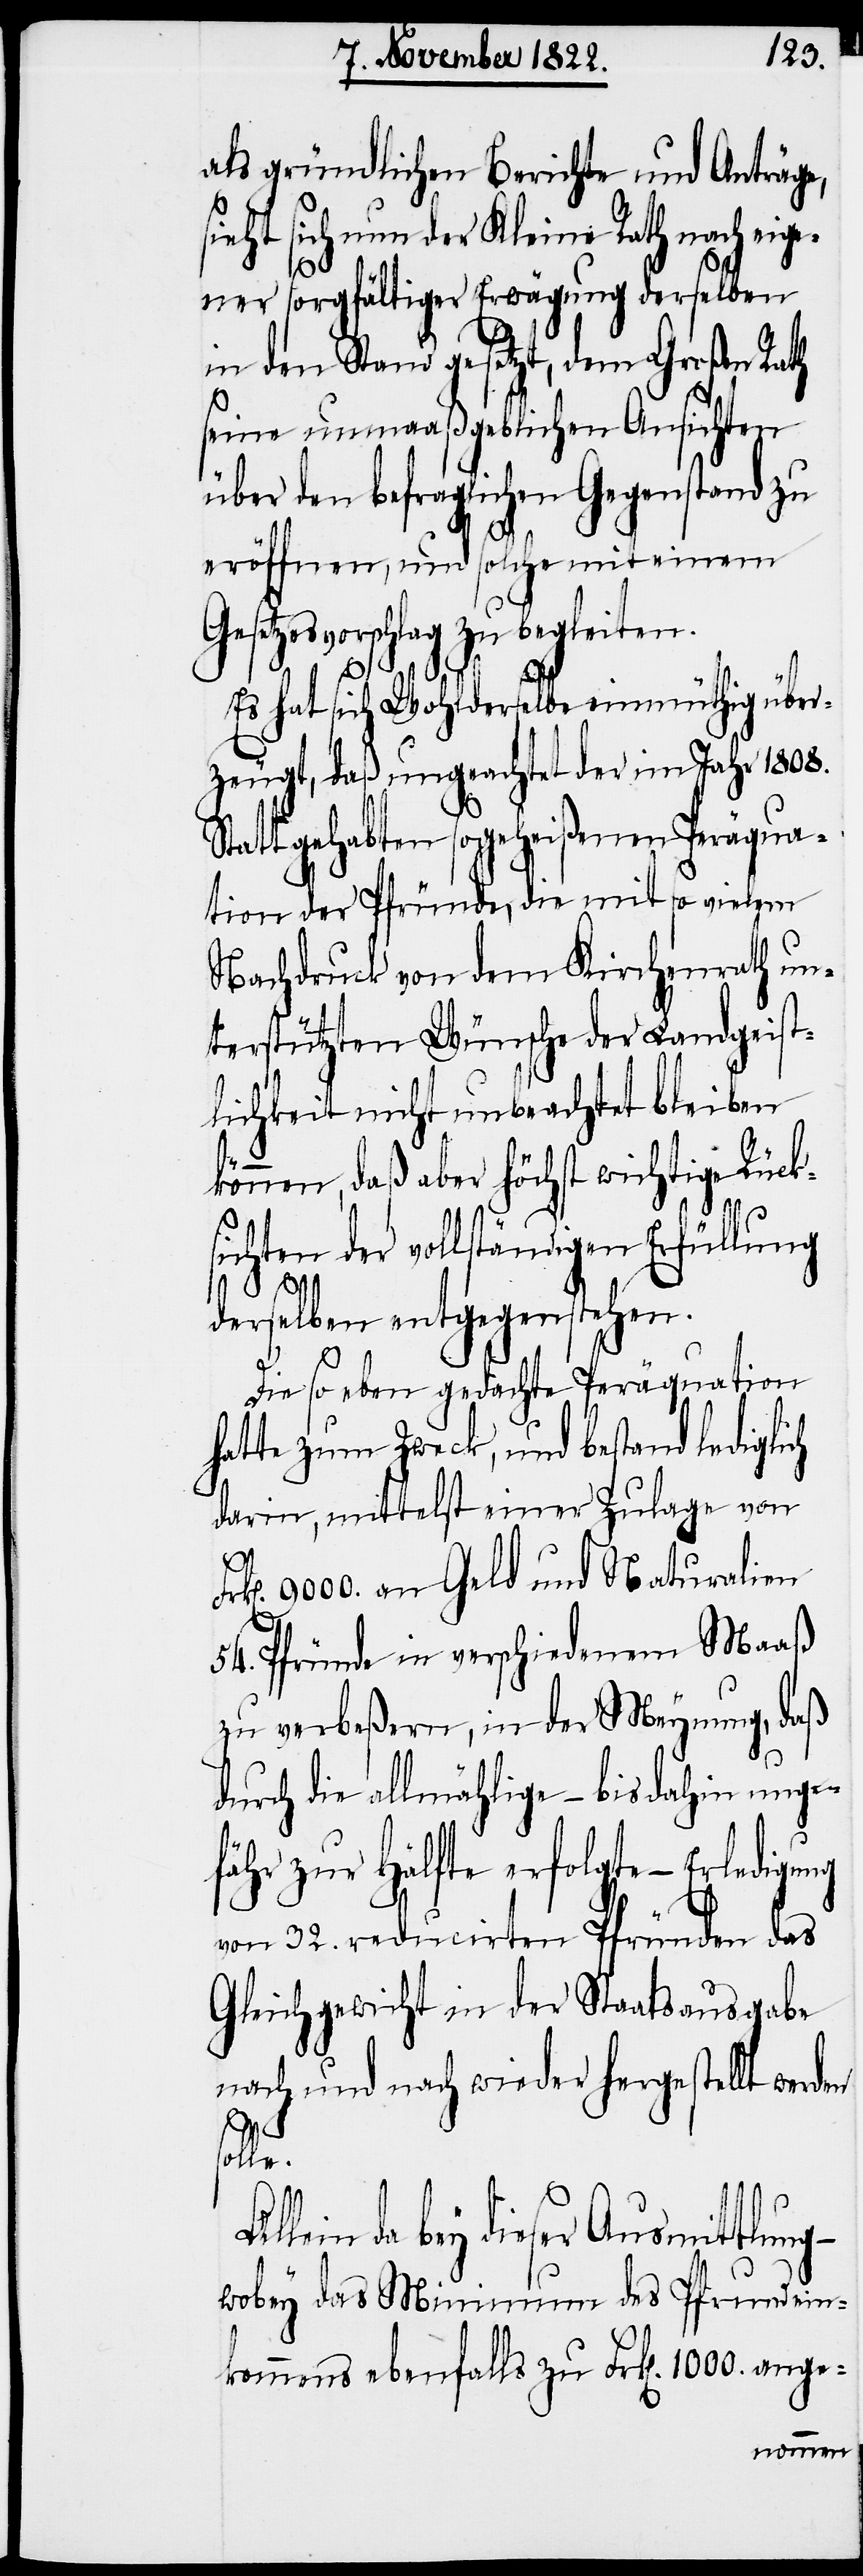
als gründlichen Berichte und Anträge,
sieht sich nun der Kleine Rath nach eige¬
ge-
ner sorgfältiger Erwägung derselben
in den Stand gesetzt, dem Großen Rath
seine unmaaßgeblichen Ansichten
über den befraglichen Gegenstand zu
eröffnen, und solche mit einem
Gesetzesvorschlag zu begleiten.
Es hat sich Wohlderselbe einmüthig über¬
zeugt, daß ungeachtet der im Jahr 1808.
Statt gehabten sogeheißenen Peräqua¬
tion der Pfründe, die mit so vielem
Nachdruck von dem Kirchenrath un¬
terstützten Wünsche der Landgeist¬
lichkeit nicht unbeachtet bleiben
können, daß aber höchst wichtige Rück¬
sichten der vollständigen Erfüllung
derselben entgegenstehen.
Die soeben gedachte Peräquation
hatte zum Zweck, und bestand ledigli¬
darin, mittelst einer Zulage von
9000. an Geld und Naturalien
54. Pfründe in verschiedenem Maaß
zu verbeßern, in der Meynung, daß
durch die allmählige – bis dahin unge¬
fähr zur Hälfte erfolgte – Erledigung
von 32. reducirten Pfründen das
Gleichgewicht in der Staatsausgabe
nach und nach wieder hergestellt werd¬
Al¬
lein da bey dieser Ausmittlung
wobey das Minimum des Pfrundein¬
kommens ebenfalls zu Frk[en]. 1000. an¬